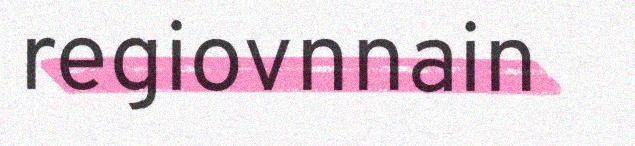
regiovnnain